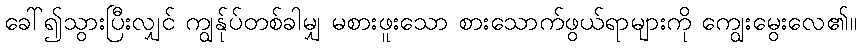
ခေါ်၍သွားပြီးလျှင် ကျွန်ုပ်တစ်ခါမျှ မစားဖူးသော စားသောက်ဖွယ်ရာများကို ကျွေးမွေးလေ၏။